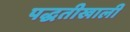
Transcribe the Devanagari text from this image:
पद्धतीखाली